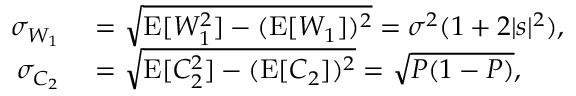
\begin{array} { r l } { \sigma _ { W _ { 1 } } } & { { } = \sqrt { \operatorname { E } [ W _ { 1 } ^ { 2 } ] - ( \operatorname { E } [ W _ { 1 } ] ) ^ { 2 } } = \sigma ^ { 2 } ( 1 + 2 | s | ^ { 2 } ) , } \\ { \sigma _ { C _ { 2 } } } & { { } = \sqrt { \operatorname { E } [ C _ { 2 } ^ { 2 } ] - ( \operatorname { E } [ C _ { 2 } ] ) ^ { 2 } } = \sqrt { P ( 1 - P ) } , } \end{array}